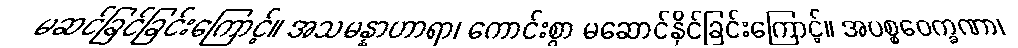
မဆင်ခြင်ခြင်းကြောင့်။ အသမန္နာဟာရာ၊ ကောင်းစွာ မဆောင်နိုင်ခြင်းကြောင့်။ အပစ္စဝေက္ခဏာ၊